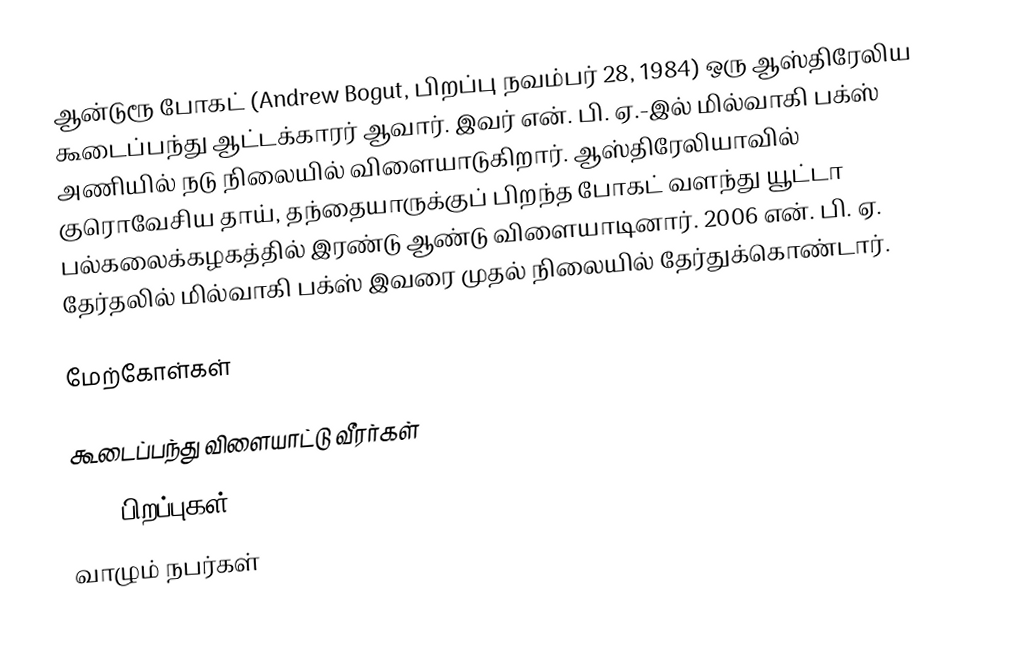
ஆன்டுரூ போகட் (Andrew Bogut, பிறப்பு நவம்பர் 28, 1984) ஒரு ஆஸ்திரேலிய கூடைப்பந்து ஆட்டக்காரர் ஆவார். இவர் என். பி. ஏ.-இல் மில்வாகி பக்ஸ் அணியில் நடு நிலையில் விளையாடுகிறார். ஆஸ்திரேலியாவில் குரொவேசிய தாய், தந்தையாருக்குப் பிறந்த போகட் வளந்து யூட்டா பல்கலைக்கழகத்தில் இரண்டு ஆண்டு விளையாடினார். 2006 என். பி. ஏ. தேர்தலில் மில்வாகி பக்ஸ் இவரை முதல் நிலையில் தேர்துக்கொண்டார்.

மேற்கோள்கள்

கூடைப்பந்து விளையாட்டு வீரர்கள்
1984 பிறப்புகள்
வாழும் நபர்கள்